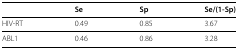
|  | Se | Sp | Se/(1-Sp) |
 | --- | --- | --- | --- |
 | HIV-RT | 0.49 | 0.85 | 3.67 |
 | ABL1 | 0.46 | 0.86 | 3.28 |